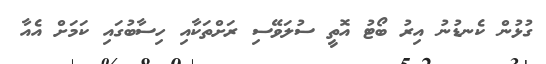
ގުޅުން ކެނޑުނު އިރު ބޯޓު އޮތީ ސުލަވޭސި ރަށްތަކާއި ހިސާބުގައި ކަމަށް އެއާ